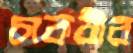
চাকরীর